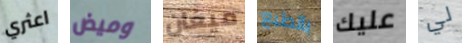
اعثري وميض ميغان بالطبع عليك لي